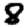
Digit: 8